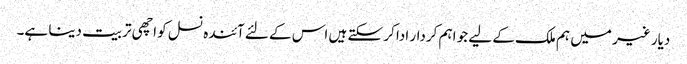
دیار غیر میں ہم ملک کے لیے جو اہم کردار ادا کر سکتے ہیں اس کے لئے آئندہ نسل کو اچھی تربیت دینا ہے۔